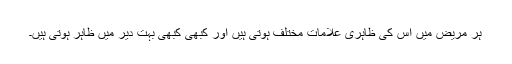
ہر مریض میں اس کی ظاہری علامات مختلف ہوتی ہیں اور کبھی کبھی بہت دیر میں ظاہر ہوتی ہیں۔